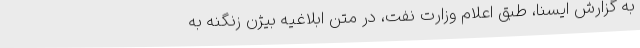
به گزارش ایسنا، طبق اعلام وزارت نفت، در متن ابلاغیه بیژن زنگنه به